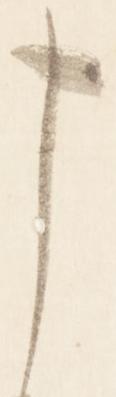
申